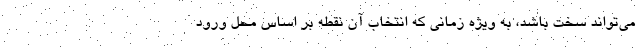
می‌تواند سخت باشد، به ویژه زمانی که انتخاب آن نقطه بر اساس محل ورود